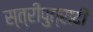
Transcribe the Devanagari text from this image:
स्त्रीपुत्रादी